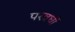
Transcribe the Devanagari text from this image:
परवर्धी